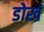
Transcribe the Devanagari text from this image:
डोखं